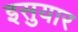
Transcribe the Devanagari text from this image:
इसुयार